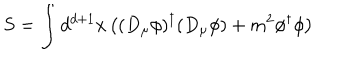
LaTeX: S = \int d ^ { d + 1 } x \left( ( D _ { \mu } \phi ) ^ { \dagger } ( D _ { \mu } \phi ) + m ^ { 2 } \phi ^ { \dagger } \phi \right) \,